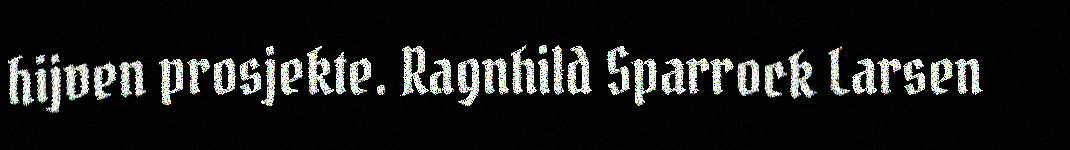
hijven prosjekte. Ragnhild Sparrock Larsen